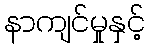
နာကျင်မှုနှင့်